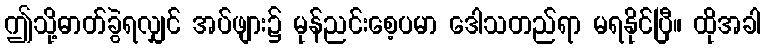
ဤသို့ဓာတ်ခွဲရလျှင် အပ်ဖျား၌ မုန်ညင်းစေ့ပမာ ဒေါသတည်ရာ မရနိုင်ပြီ။ ထိုအခါ